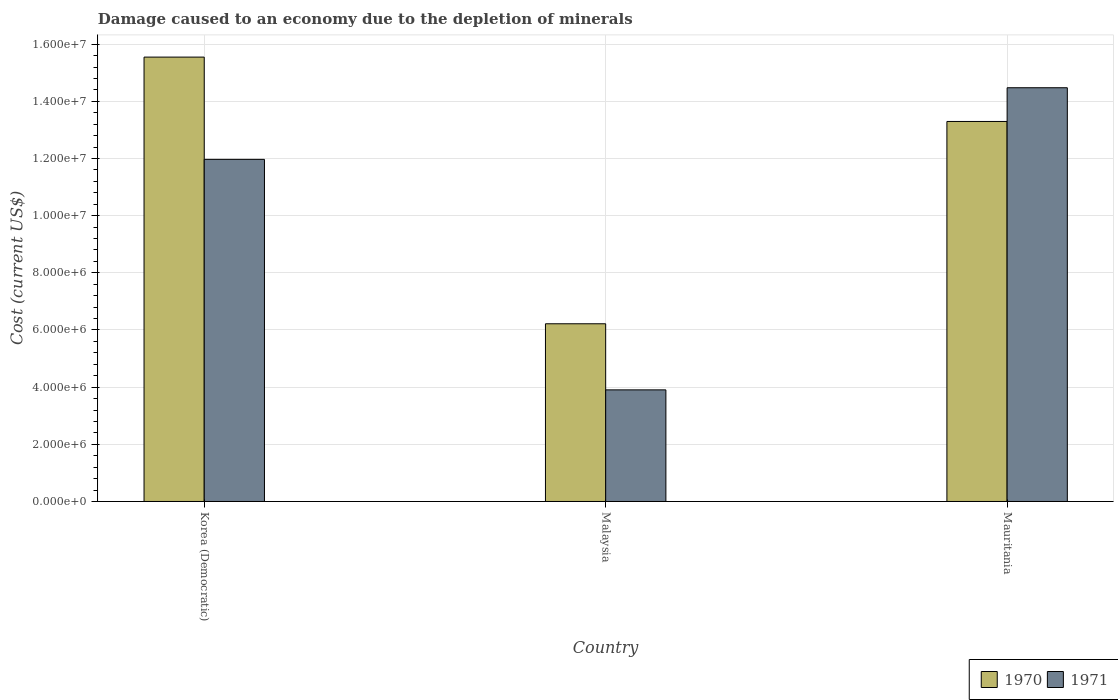
| Country | 1970 | 1971 |
 | --- | --- | --- |
 | Korea (Democratic) | 1.55e+07 | 1.2e+07 |
 | Malaysia | 6.22e+06 | 3.9e+06 |
 | Mauritania | 1.33e+07 | 1.45e+07 |